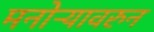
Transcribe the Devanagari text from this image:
मनोऱ्यावरुन